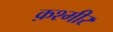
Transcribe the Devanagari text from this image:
क़श्मीर